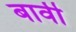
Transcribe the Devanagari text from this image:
बार्वी